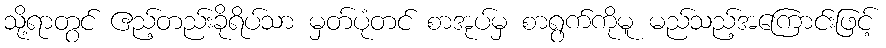
သို့ရာတွင် ဧည့်တည်းခိုရိပ်သာ မှတ်ပုံတင် စာအုပ်မှ စာရွက်ကိုမူ မည်သည့်အကြောင်းဖြင့်